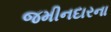
જમીનદારના